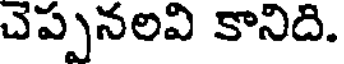
చెప్పనలవి కానిది.